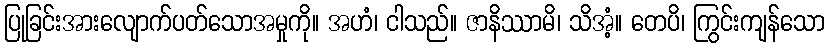
ပြုခြင်းအားလျောက်ပတ်သောအမှုကို။ အဟံ၊ ငါသည်။ ဇာနိဿာမိ၊ သိအံ့။ တေပိ၊ ကြွင်းကျန်သော